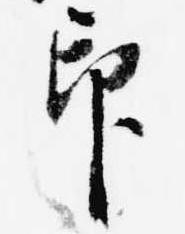
印